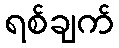
ရစ်ချက်